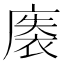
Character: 𰐀